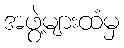
အဖွဲ့များထံမှ